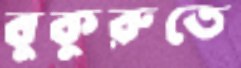
বুকুরুতে